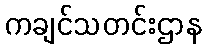
ကချင်သတင်းဌာန